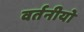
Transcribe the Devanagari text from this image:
वर्तनीयो